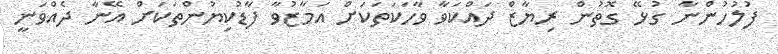
ފުލުހުންނާ ގުޅޭ ގޮތުން ރިޔާޒް ދައްކަވާ ވާހަކަތަކަށް އަމާޒުވާ ފާޑުކިޔުންތަކަށް އޭނާ ދެއްވަނީ